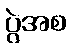
ပွဲအစ